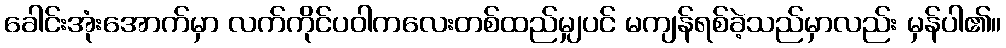
ခေါင်းအုံးအောက်မှာ လက်ကိုင်ပဝါကလေးတစ်ထည်မျှပင် မကျန်ရစ်ခဲ့သည်မှာလည်း မှန်ပါ၏။